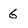
Character: 6